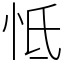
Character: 怟